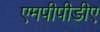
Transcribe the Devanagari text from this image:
एमपीपीडीए